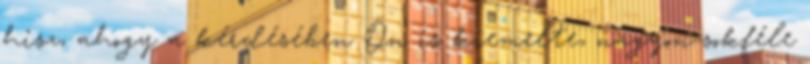
hisz, ahogy a kérdésében Ön is kiemelte, nagyon sokféle